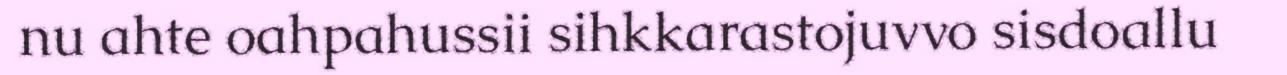
nu ahte oahpahussii sihkkarastojuvvo sisdoallu